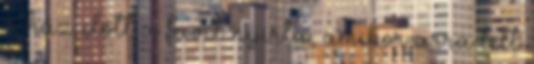
a ház előtt a füvet nyírta, amikor arra lett